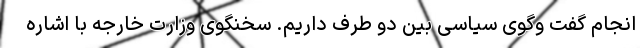
انجام گفت وگوی سیاسی بین دو طرف داریم. سخنگوی وزارت خارجه با اشاره